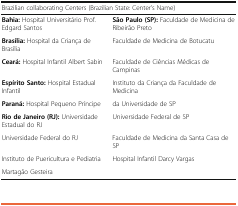
<table><thead><tr><td colspan="2"><b>Brazilian collaborating Centers (Brazilian State: Center&#x27;s Name)</b></td></tr></thead><tbody><tr><td><b>Bahia:</b> Hospital Universitário Prof. Edgard Santos</td><td><b>São Paulo (SP):</b> Faculdade de Medicina de Ribeirão Preto</td></tr><tr><td><b>Brasília:</b> Hospital da Criança de Brasília</td><td>Faculdade de Medicina de Botucatu</td></tr><tr><td><b>Ceará:</b> Hospital Infantil Albert Sabin</td><td>Faculdade de Ciências Médicas de Campinas</td></tr><tr><td><b>Espírito Santo:</b> Hospital Estadual Infantil</td><td>Instituto da Criança da Faculdade de Medicina</td></tr><tr><td><b>Paraná:</b> Hospital Pequeno Príncipe</td><td>da Universidade de SP</td></tr><tr><td><b>Rio de Janeiro (RJ):</b> Universidade Estadual do RJ</td><td>Universidade Federal de SP</td></tr><tr><td>Universidade Federal do RJ</td><td>Faculdade de Medicina da Santa Casa de SP</td></tr><tr><td>Instituto de Puericultura e Pediatria</td><td>Hospital Infantil Darcy Vargas</td></tr><tr><td>Martagão Gesteira</td><td></td></tr></tbody></table>